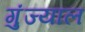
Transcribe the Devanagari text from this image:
गुंज्याल